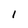
Character: l